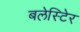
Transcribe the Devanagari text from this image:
बलेस्टिेर